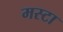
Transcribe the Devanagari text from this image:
मस्टा